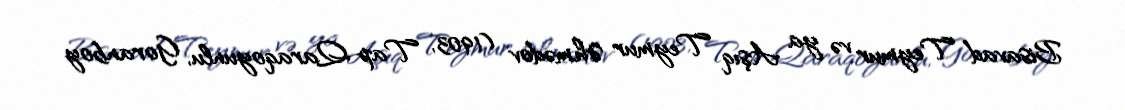
Bisavad Teymur və ya Aşıq Teymur Əhmədov (1903, Tap Qaraqoyunlu, Goranboy